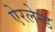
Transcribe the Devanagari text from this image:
ऐरलेन्ड